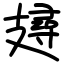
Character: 攳